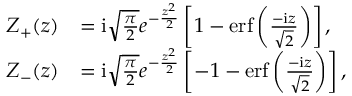
\begin{array} { r l } { Z _ { + } ( z ) } & { = \mathrm { i } \sqrt { \frac { \pi } { 2 } } e ^ { - \frac { z ^ { 2 } } { 2 } } \left[ 1 - \mathrm { e r f } \left( \frac { - \mathrm { i } z } { \sqrt { 2 } } \right) \right] , } \\ { Z _ { - } ( z ) } & { = \mathrm { i } \sqrt { \frac { \pi } { 2 } } e ^ { - \frac { z ^ { 2 } } { 2 } } \left[ - 1 - \mathrm { e r f } \left( \frac { - \mathrm { i } z } { \sqrt { 2 } } \right) \right] , } \end{array}